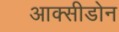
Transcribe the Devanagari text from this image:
आक्सीडोन